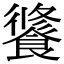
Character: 𩝶